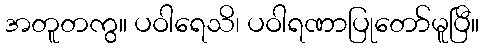
အတူတကွ။ ပဝါရေသိ၊ ပဝါရဏာပြုတော်မူပြီ။